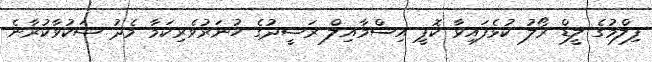
ފިލްމުގެ ލީޑް ރޯލު ކުޅެފައިވާ ކޮޕީ އިސްމާއިލް ރަޝީދުގެ ހުނަރުވެރިކަމާ މެދު ޝަކުވާކުރާނެ